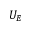
U _ { E }